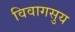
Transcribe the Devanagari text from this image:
विवागसुय